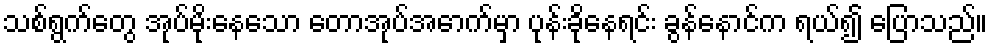
သစ်ရွက်တွေ အုပ်မိုးနေသော တောအုပ်အောက်မှာ ပုန်းခိုနေရင်း ခွန်နောင်က ရယ်၍ ပြောသည်။